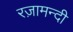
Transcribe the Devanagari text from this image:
रज़ामन्दी